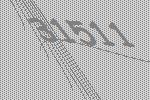
31511